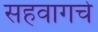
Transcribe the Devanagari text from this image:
सहवागचे